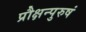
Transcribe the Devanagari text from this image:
प्रौक्षन्पुरुषं